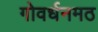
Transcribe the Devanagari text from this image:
गोवर्धनमठ